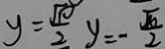
y = \frac { \sqrt { 1 0 } } { 2 } y = - \frac { \sqrt { 1 0 } } { 2 }